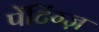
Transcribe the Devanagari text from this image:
पेंटिंग्ज़